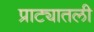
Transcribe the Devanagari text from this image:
प्राट्यातली